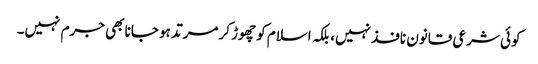
کوئی شرعی قانون نافذ نہیں، بلکہ اسلام کو چھوڑ کر مرتد ہو جانا بھی جرم نہیں۔